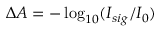
\Delta A = - \log _ { 1 0 } ( I _ { s i g } / I _ { 0 } )